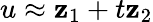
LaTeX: u\approx\mathbf{z}_{1}+t\mathbf{z}_{2}